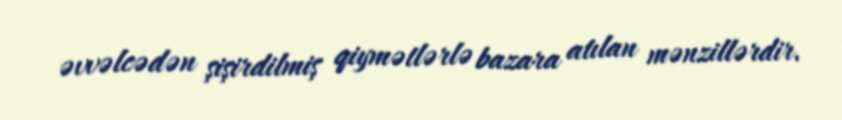
əvvəlcədən şişirdilmiş qiymətlərlə bazara atılan mənzillərdir.